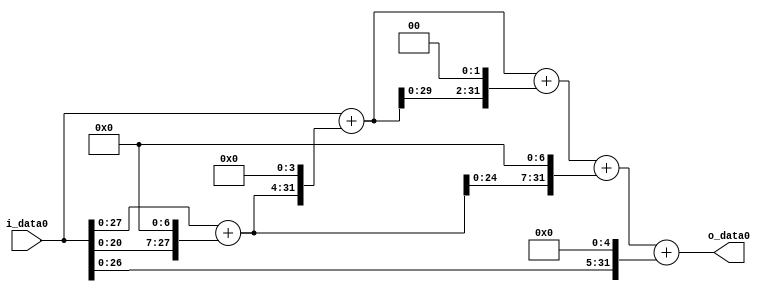
module multiplier_block (
    i_data0,
    o_data0
);

  // Port mode declarations:
  input   [31:0] i_data0;
  output  [31:0]
    o_data0;

  //Multipliers:

  wire [31:0]
    w1,
    w128,
    w129,
    w2064,
    w2065,
    w8260,
    w10325,
    w16512,
    w26837,
    w32,
    w26869;

  assign w1 = i_data0;
  assign w10325 = w2065 + w8260;
  assign w128 = w1 << 7;
  assign w129 = w1 + w128;
  assign w16512 = w129 << 7;
  assign w2064 = w129 << 4;
  assign w2065 = w1 + w2064;
  assign w26837 = w10325 + w16512;
  assign w26869 = w26837 + w32;
  assign w32 = w1 << 5;
  assign w8260 = w2065 << 2;

  assign o_data0 = w26869;

  //multiplier_block area estimate = 8671.92501534265;
endmodule